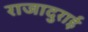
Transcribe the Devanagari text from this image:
राजादुराई